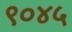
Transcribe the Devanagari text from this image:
९०४५